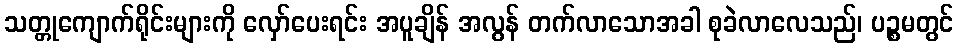
သတ္တုကျောက်ရိုင်းများကို လှော်ပေးရင်း အပူချိန် အလွန် တက်လာသောအခါ စုခဲလာလေသည်၊ ပဉ္စမတွင်